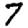
Digit: 7